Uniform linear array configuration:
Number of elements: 12
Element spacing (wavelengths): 0.5
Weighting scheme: hamming
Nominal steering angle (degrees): -15
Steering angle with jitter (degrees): -14.674
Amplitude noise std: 0.05
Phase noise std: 0.05

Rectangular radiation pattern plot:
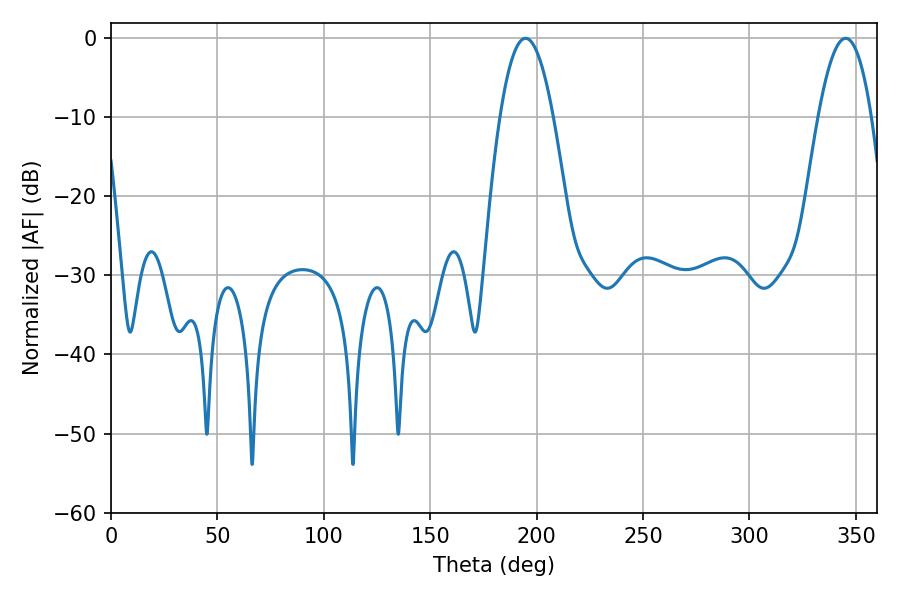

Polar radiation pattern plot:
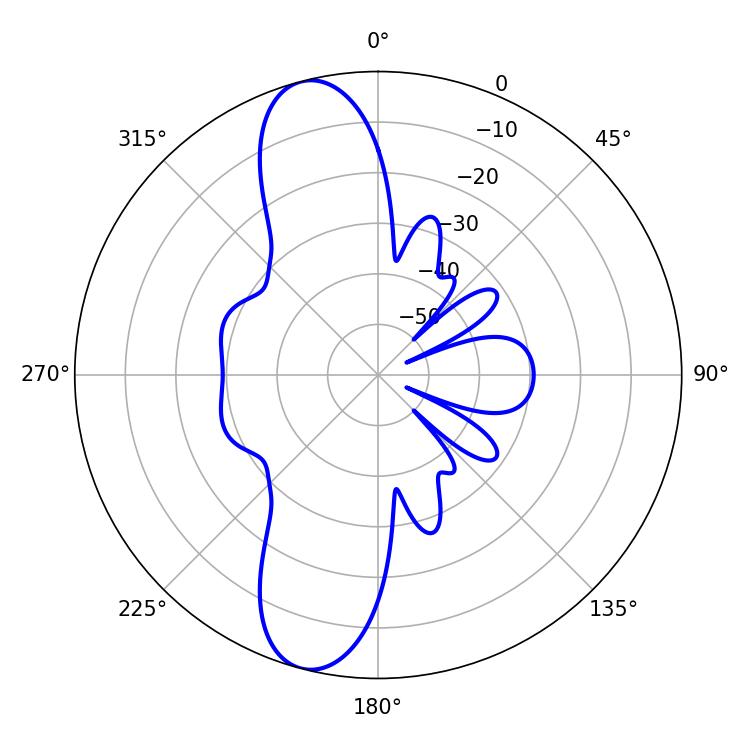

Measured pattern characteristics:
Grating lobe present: FALSE
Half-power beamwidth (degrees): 13.68
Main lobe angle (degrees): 194.76